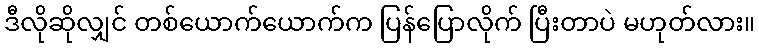
ဒီလိုဆိုလျှင် တစ်ယောက်ယောက်က ပြန်ပြောလိုက် ပြီးတာပဲ မဟုတ်လား။